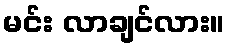
မင်း လာချင်လား။